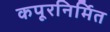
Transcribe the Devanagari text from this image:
कपूरनिर्मित